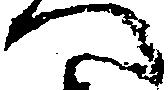
へ